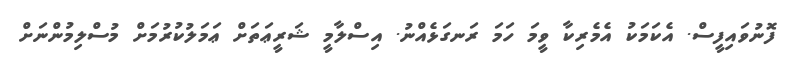
ފޮނުވައިފީސް. އެކަމަކު އެމެރިކާ ވީމަ ހަމަ ރަނގަޅެއްނު. އިސްލާމީ ޝަރީޢަތަށް ޢަމަލުކުރުމަށް މުސްލިމުންނަށް